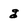
Character: g